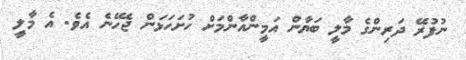
ނުފުރޭ ދަރިންގެ މާލީ ބަޔާން އަމީންއާންމަށް ހުށަހަޅަން ޖެހޭނެ އެވެ. އެ މާލީ